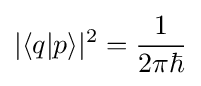
|\langle q|p\rangle |^{2}={\frac {1}{2\pi \hbar }}